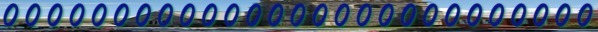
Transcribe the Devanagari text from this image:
०००००००००००००००००००००००००००